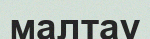
малтау